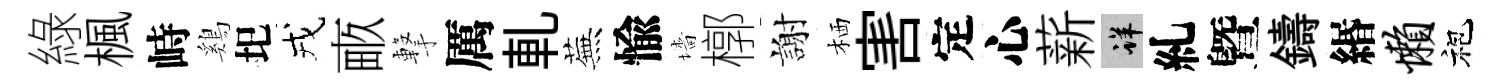
綠楓峙鷄圯戎畞撃厲軋蕪愉墻槨謝栖害定心薪详糺曁鑄緡懒袍